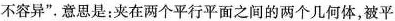
不容异”。意思是：夹在两个平行平面之间的两个几何体，被平